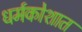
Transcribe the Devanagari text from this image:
धर्मकोशात